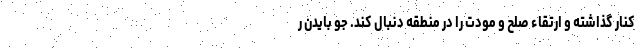
کنار گذاشته و ارتقاء صلح و مودت را در منطقه دنبال کند. جو بایدن ر